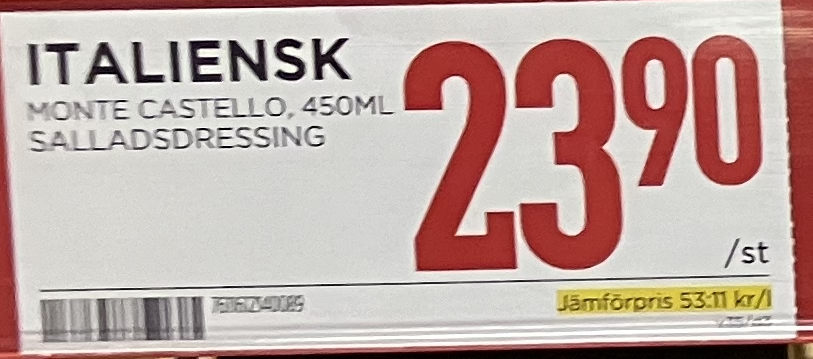
Vara: Italiensk Salladsdressing
Genomsnittspris: 53.11 per L